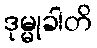
ဒုမ္မုခါတိ